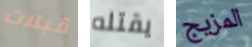
قبلات يقتله المزيج